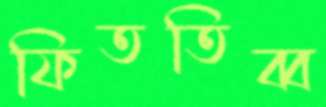
ফিততিব্ব